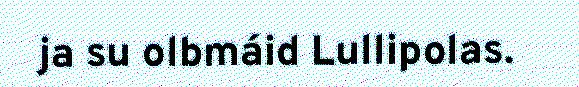
ja su olbmáid Lullipolas.